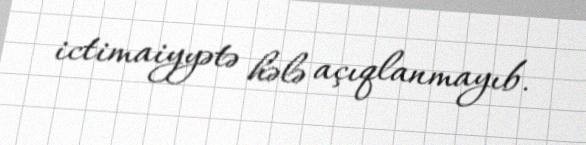
ictimaiyyətə hələ açıqlanmayıb.